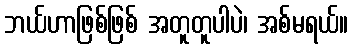
ဘယ်ဟာဖြစ်ဖြစ် အတူတူပါပဲ၊ အစ်မရယ်။